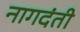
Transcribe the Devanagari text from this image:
नागदंती